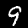
Digit: 9